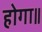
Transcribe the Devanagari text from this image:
होगा॥